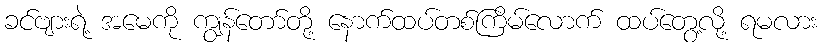
ခင်ဗျားရဲ့ အမေကို ကျွန်တော်တို့ နောက်ထပ်တစ်ကြိမ်လောက် ထပ်တွေ့လို့ ရမလား